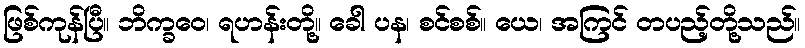
ဖြစ်ကုန်ပြီ။ ဘိက္ခဝေ၊ ရဟန်းတို့။ ခေါ ပန၊ စင်စစ်။ ယေ၊ အကြင် တပည့်တို့သည်။